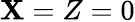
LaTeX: \mathbf{X}=Z=0